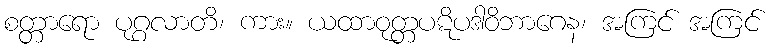
စတ္တာရော ပုဂ္ဂလာတိ၊ ကား။ ယထာဝုတ္တပဋိပဒါဝိဘာဂေန၊ အကြင် အကြင်